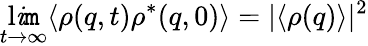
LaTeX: \operatorname*{l\mathit{i}\mathtt{m}}_{t\to\infty}\langle\rho(q,t)\rho^{\ast}(q,0)\rangle=|\langle\rho(q)\rangle|^{2}